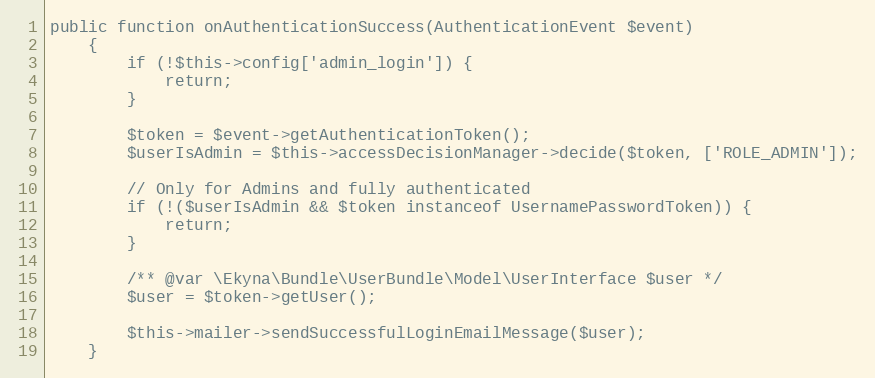
Language: PHP
public function onAuthenticationSuccess(AuthenticationEvent $event)
    {
        if (!$this->config['admin_login']) {
            return;
        }

        $token = $event->getAuthenticationToken();
        $userIsAdmin = $this->accessDecisionManager->decide($token, ['ROLE_ADMIN']);

        // Only for Admins and fully authenticated
        if (!($userIsAdmin && $token instanceof UsernamePasswordToken)) {
            return;
        }

        /** @var \Ekyna\Bundle\UserBundle\Model\UserInterface $user */
        $user = $token->getUser();

        $this->mailer->sendSuccessfulLoginEmailMessage($user);
    }